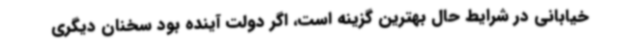
خیابانی در شرایط حال بهترین گزینه است، اگر دولت آینده بود سخنان دیگری